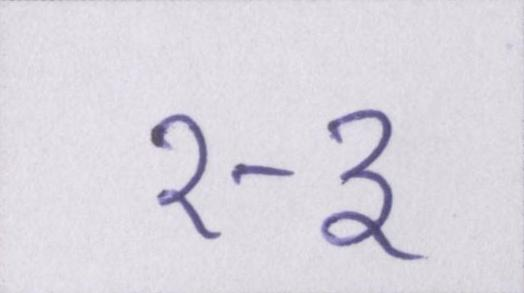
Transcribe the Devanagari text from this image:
२-३